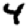
Digit: 4